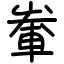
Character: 輋